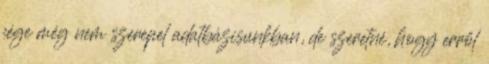
cége még nem szerepel adatbázisunkban, de szeretné, hogy erről